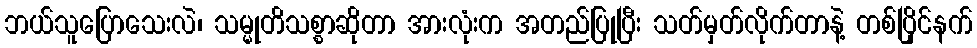
ဘယ်သူပြောသေးလဲ၊ သမ္မုတိသစ္စာဆိုတာ အားလုံးက အတည်ပြုပြီး သတ်မှတ်လိုက်တာနဲ့ တစ်ပြိုင်နက်